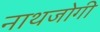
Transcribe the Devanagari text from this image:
नाथजोगी